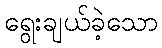
ရွေးချယ်ခဲ့သော